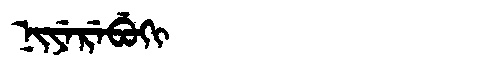
Manchu: ᠨᡳᠶᡝᡵᡝᠪᡠᡴᡳ
Romanization: NIYEREBUKI